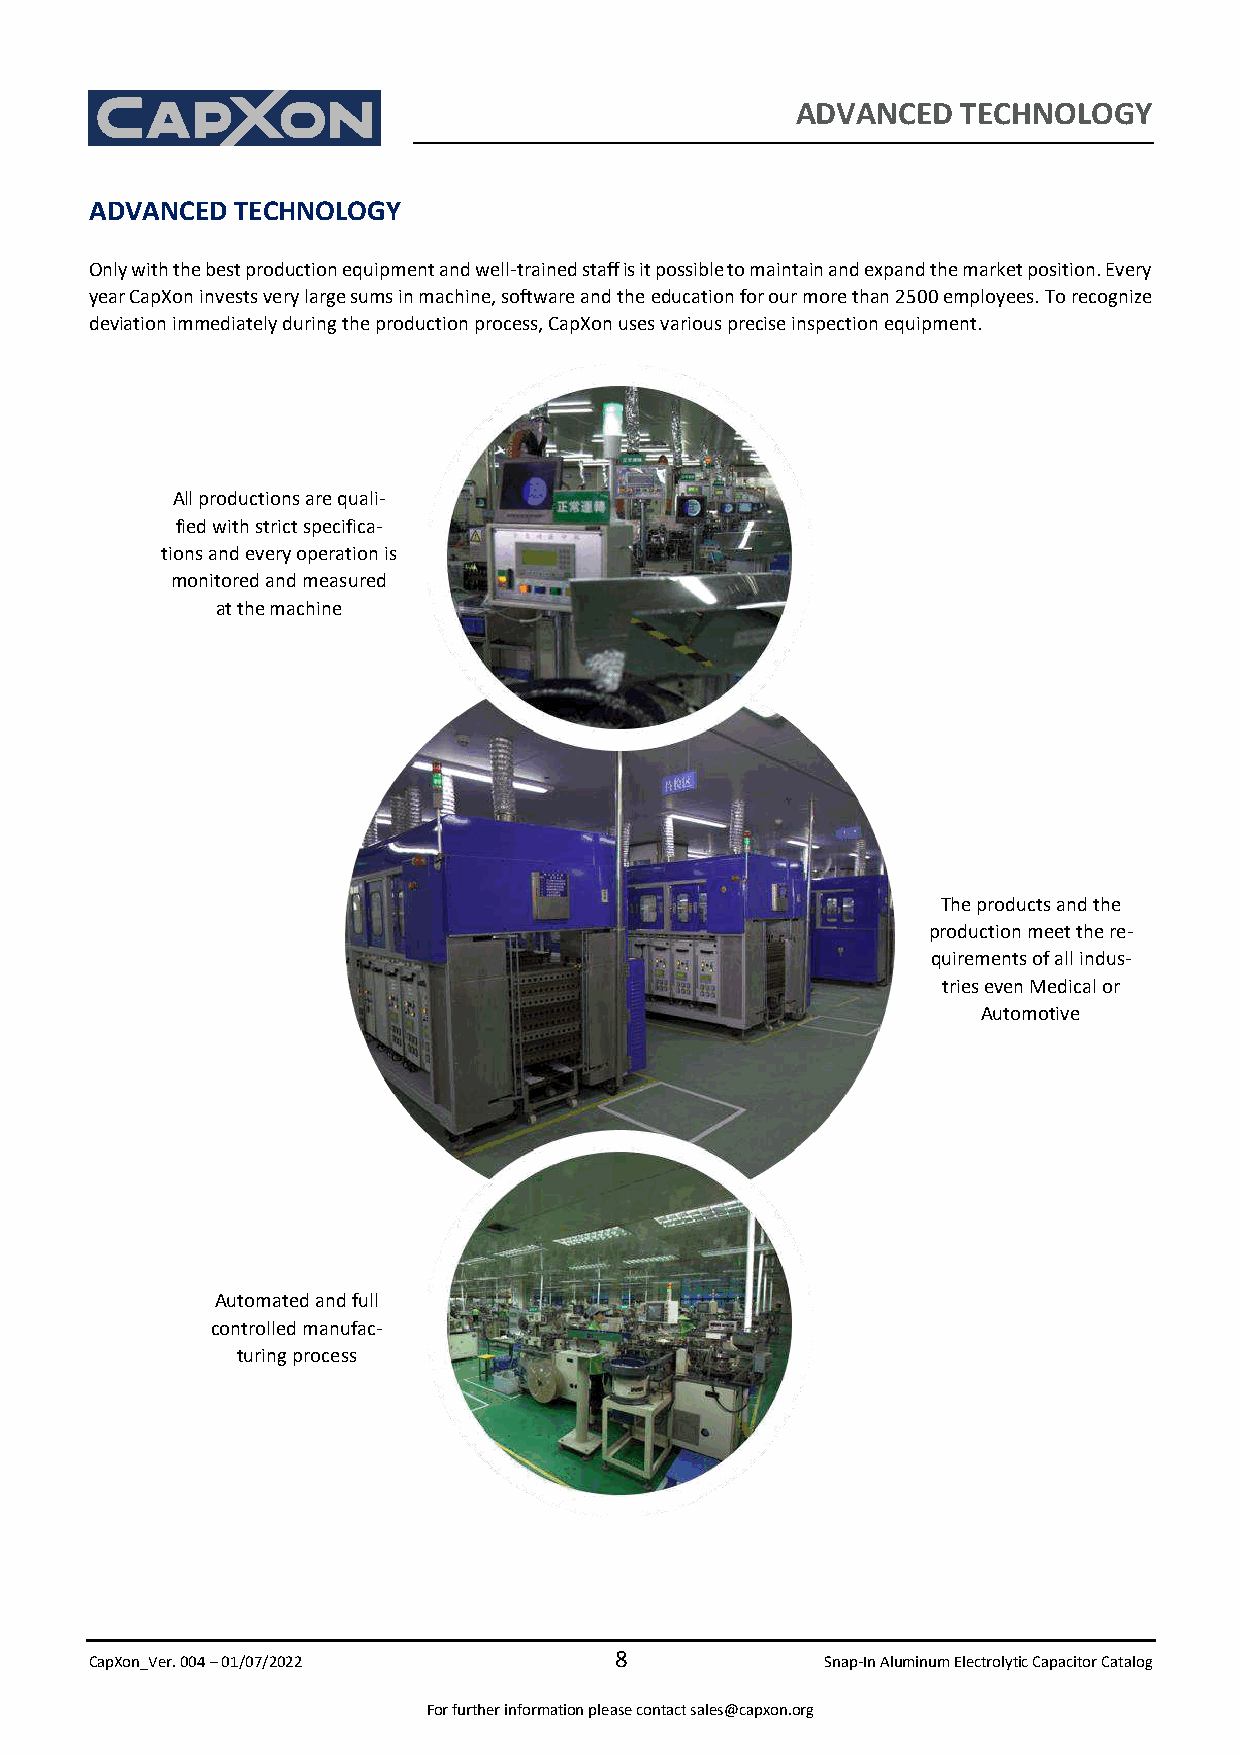
ADVANCED   TECHNOLOGY
 ADVANCED TECHNOLOGY
 Only with the best production equipment and well-trained staff is it possible to maintain and expand the market position. Every
 year CapXon invests very large sums in machine, software and the education for our more than 2500 employees. To recognize
 deviation immediately during the production process, CapXon uses various precise inspection equipment.
 All productions are quali-
 fied with strict specifica-
 tions and every operation is
 monitored and measured
 at the machine
 The products and the
 production meet the re-
 quirements of all indus-
 tries even Medical or
 Automotive
 Automated and full
 controlled manufac-
 turing process
 8
 CapXon_Ver. 004 – 01/07/2022                     Snap-In Aluminum Electrolytic Capacitor Catalog
 For further information please contact sales@capxon.org